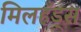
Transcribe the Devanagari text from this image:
मिलहँड्‌स